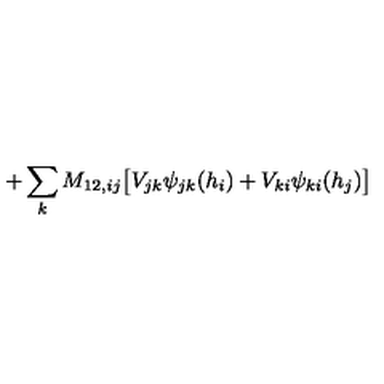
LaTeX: + \sum _ { k } M _ { 1 2 , i j } \big [ V _ { j k } \psi _ { j k } ( h _ { i } ) + V _ { k i } \psi _ { k i } ( h _ { j } ) \big ]